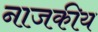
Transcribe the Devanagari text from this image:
नाजकीय